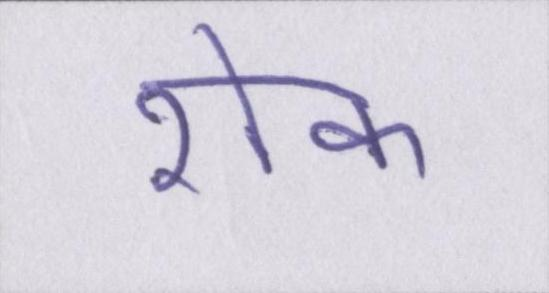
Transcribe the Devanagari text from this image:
रोक